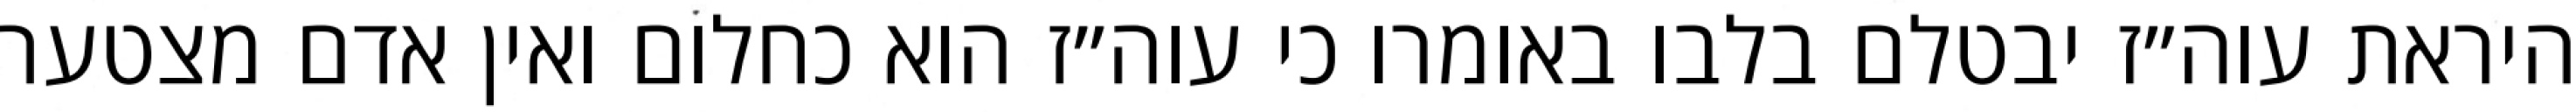
היראת עוה״ז יבטלם בלבו באומרו כי עוה״ז הוא כחלום ואין אדם מצטער